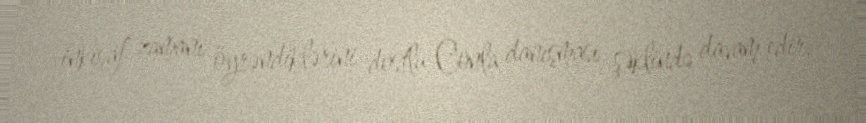
inkişaf zamanı öyrəndiklərini dostlu Conla danışması şəklində davam edir.